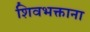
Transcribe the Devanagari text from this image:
शिवभक्ताना